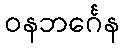
ဝနဘင်္ဂေန